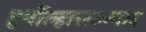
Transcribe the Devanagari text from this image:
हर्षोल्हासउन्माद